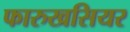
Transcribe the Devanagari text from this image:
फारुखसियर